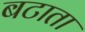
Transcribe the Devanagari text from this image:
बटाता